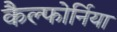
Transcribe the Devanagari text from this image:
कैल्फोर्निया